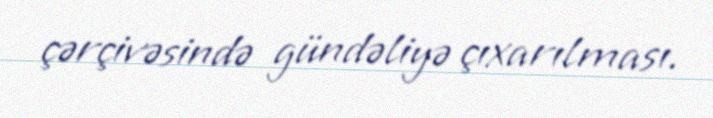
çərçivəsində gündəliyə çıxarılması.